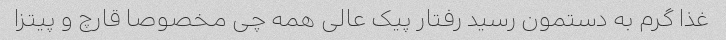
غذا گرم به دستمون رسید رفتار پیک عالى همه چی مخصوصا قارچ و پیتزا